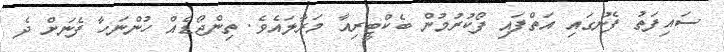
ސައިފަތު ފެނުގައި އަތްފައި ފޯކުރުމުން ބެކްޓީރިއާ މަރާލައެވެ. ތިންޖޯޑެއް ހުންނަހާ ފެނަށް ދެ